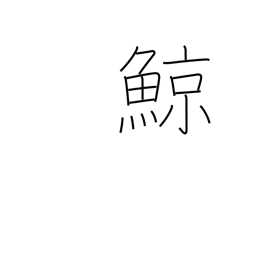
Meaning: whale